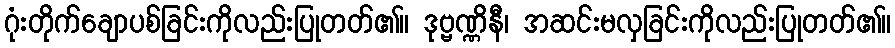
ဂုံးတိုက်ချောပစ်ခြင်းကိုလည်းပြုတတ်၏။ ဒုဗ္ဗဏ္ဏိနီ၊ အဆင်းမလှခြင်းကိုလည်းပြုတတ်၏။